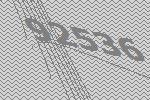
92536